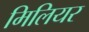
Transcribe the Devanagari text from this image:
मिलियर